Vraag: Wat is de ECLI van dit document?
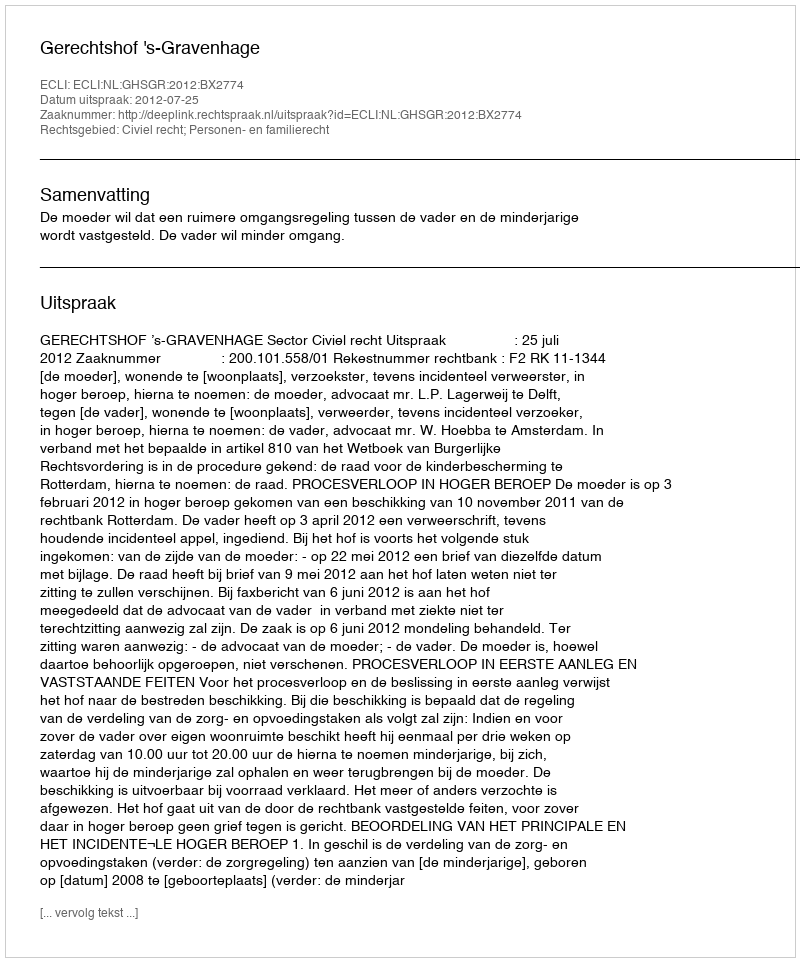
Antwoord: ECLI:NL:GHSGR:2012:BX2774